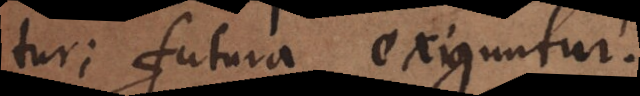
tur; futura exiguntur.